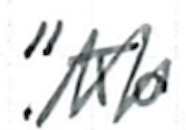
Text: "To
Cross-out: zig-zag
Writing tool: ballpoint